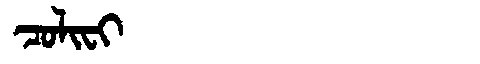
Manchu: ᠴᠣᠯᡳᠸᡳ
Romanization: COLIFI